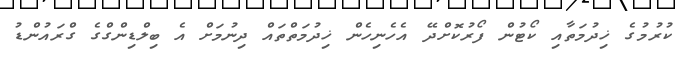
ކުރުމުގެ ޚިދުމަތާއި ކޯޓުން ފޯރުކޮށްދޭ އެހެނިހެން ޚިދުމަތްތައް ދިނުމަށް އެ ބިލްޑިންގްގެ ގްރައުންޑު